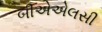
બીએએલસી